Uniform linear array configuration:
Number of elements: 12
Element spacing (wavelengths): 0.75
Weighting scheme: kaiser
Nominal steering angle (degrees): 60
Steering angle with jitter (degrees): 59.772
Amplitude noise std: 0.05
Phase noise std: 0.05

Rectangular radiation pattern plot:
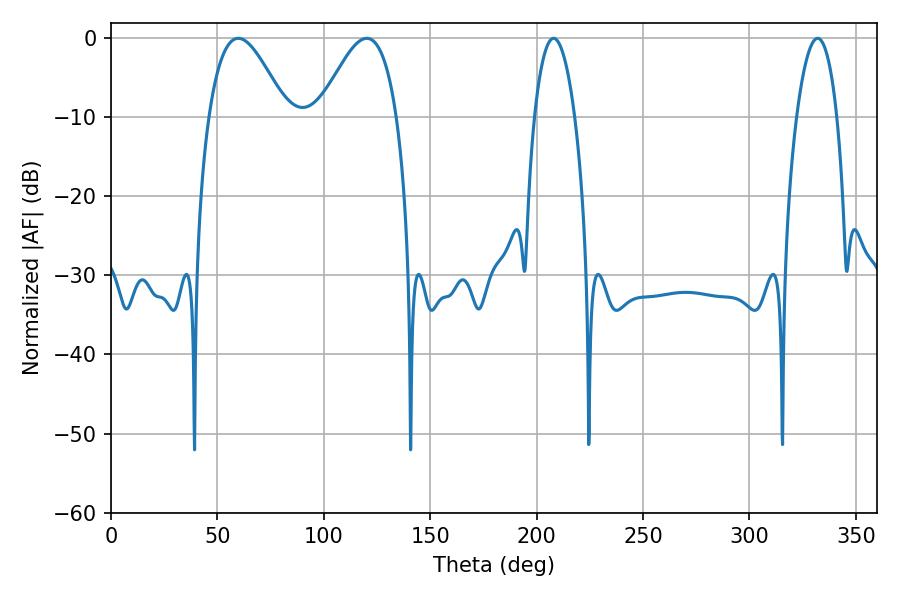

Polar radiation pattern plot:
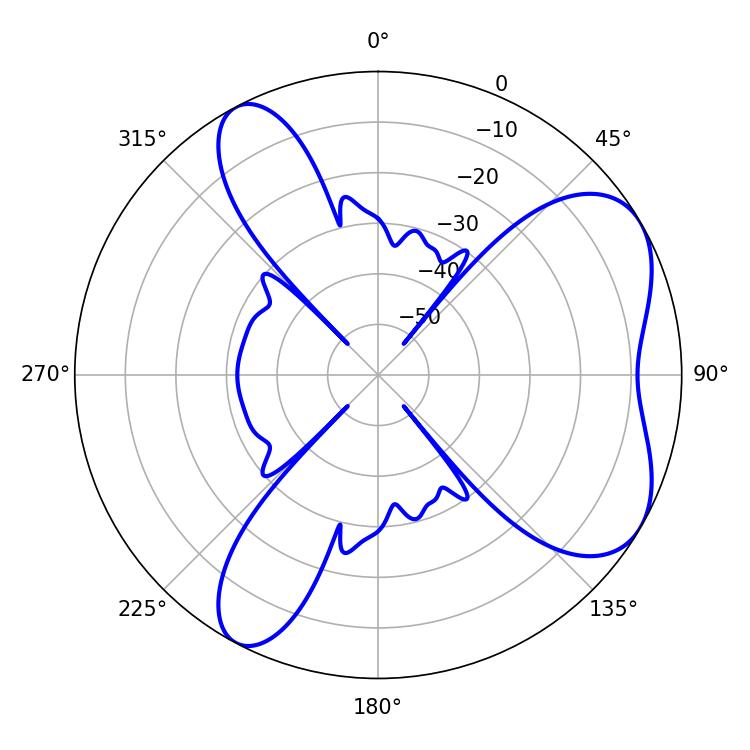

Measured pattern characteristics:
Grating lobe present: TRUE
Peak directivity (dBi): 6.048
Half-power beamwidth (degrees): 19.62
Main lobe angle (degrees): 59.76